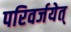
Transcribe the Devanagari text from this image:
परिवर्जयेत्